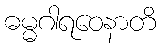
ဓမ္မဂါရဝေနာတိ